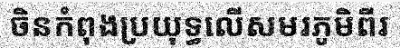
ចិនកំពុងប្រយុទ្ធលើសមរភូមិពីរ